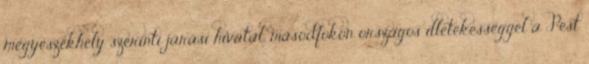
megyeszékhely szerinti járási hivatal, másodfokon országos illetékességgel a Pest